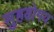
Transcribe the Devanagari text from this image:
सुहयोगय